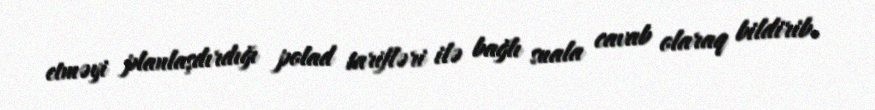
etməyi planlaşdırdığı polad tarifləri ilə bağlı suala cavab olaraq bildirib.